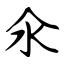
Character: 氽